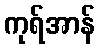
ကုရ်အာန်